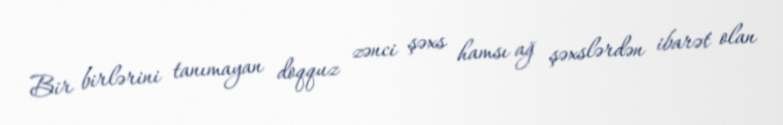
Bir birlərini tanımayan doqquz zənci şəxs hamsı ağ şəxslərdən ibarət olan